King Institute of Preventive Medicine Bacteriolog. Section reports 1907-08
Year: 1907
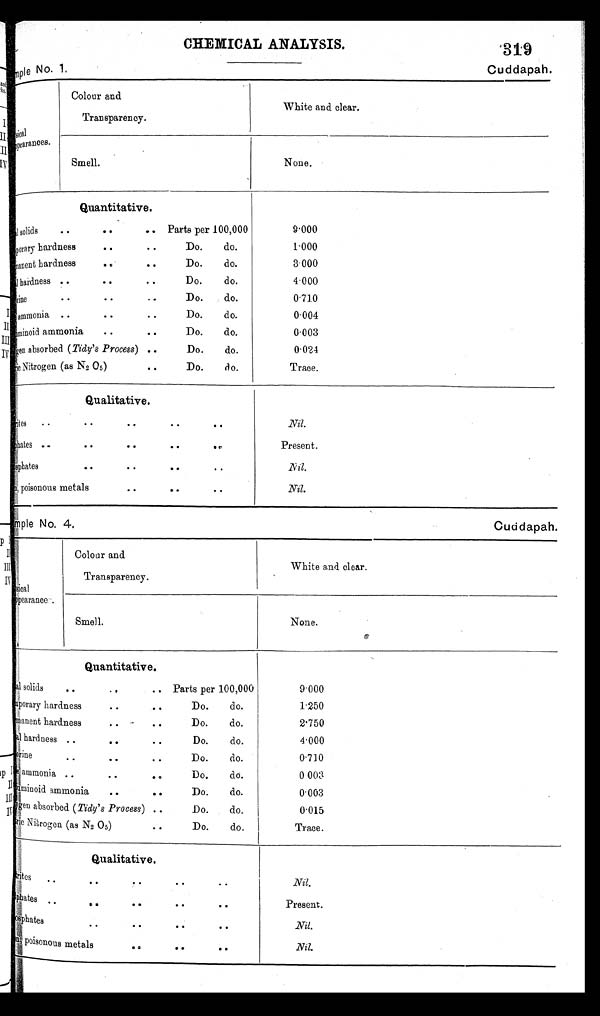
CHEMICAL ANALYSIS.
3 1 9
nple No. 1.
Cuddapah.
sical
pearances.
Colour and
Transparency.
White and clear.
Smell.
None.
Quantitative.
solid
Parts per 100,000
. .
. .
9.000
porary hardness
. .
. .
Do.
do.
1.000
D aunt hardness
. .
Do.
do.
3.000
il hardness ..
..
.
Do.
do.
4.000
nine
. . . . . Do. do.
0.710
ammonia ..
. .
. . Do. do.
0.004
iminoid ammonia
. .
..
Do.
do.
0.003
ien absorbed (Tidy's Process) ..
Do.
do.
0.024
i
ioNitrogen (as N2 05)
. .
Do.
do.
Trace.
Qualitative.
es
. . . . . . . . .
Nil.
hates
.
. .
. .
. .
Present.
sphates
.
. . . . . .
Nil.
poisonous metals
. .
. .
. .
Nil.
mple No, 4.
Cuddapah.
goal
ppearance .
Colour and
Transparency.
White and clear.
Smell.
None.
Quantitative.
solids
..
.. Parts per 100,000°9.000
aporary hardness
. .
. .
Do.
do.
A
1.250
manent hardness
Do.
do.
2.750
hardness ..
. .
. .
Do.
do.
4.000
rive
.
. Do. do.
0.71 0
ammonia ..Do.
do.
.
.
a .
0 0 0 3
uminoid :ammonia .. . . Do. do.
0.003
gen absorbed (Tidy's Process) . . Do. do.
0.015
tie Nitogen (as N2 05)
. .
Do.
do.
Trace.
Qualitative,
irites
Nil.
Oates
Present.
ophates
. .
. .
. .
. 0
Nil
poisonous metals
. 0
. .
. ,
.Nil.